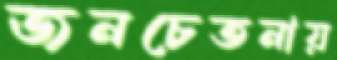
জনচেতনায়